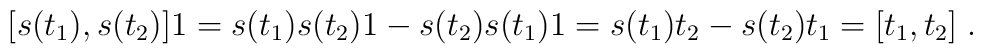
[s(t_1),s(t_2)]1 = s(t_1)s(t_2)1-s(t_2)s(t_1)1= s(t_1)t_2-s(t_2)t_1 = [t_1,t_2] \; .